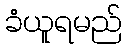
ခံယူရမည်